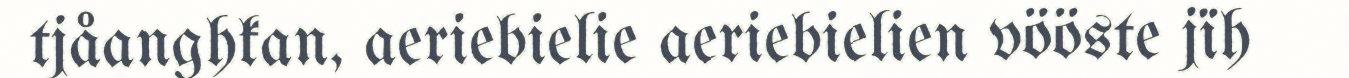
tjåanghkan, aeriebielie aeriebielien vööste jïh